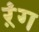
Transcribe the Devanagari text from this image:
ऱंग